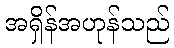
အရှိန်အဟုန်သည်